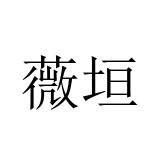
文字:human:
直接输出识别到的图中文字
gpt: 薇垣